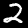
Digit: 2